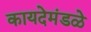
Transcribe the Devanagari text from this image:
कायदेमंडळे